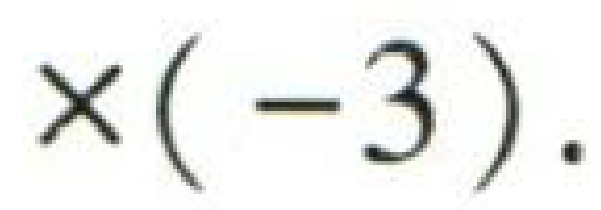
$\times(-3).$